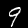
Digit: 9